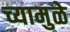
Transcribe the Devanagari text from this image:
च्यामुळे